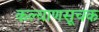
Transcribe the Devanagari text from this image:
कल्याणसूचक